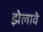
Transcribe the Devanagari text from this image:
झेलावे